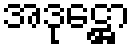
အဒုဋ္ဌော